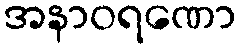
အနာဝရဏော